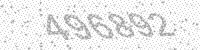
Solution: 496892